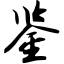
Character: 鉴